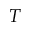
T